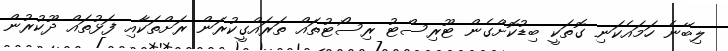
ލިބޭނެ ހަމައެކަނި ގޮތަކީ ބިޑުކޮށްގެން ޓޫރިސްޓު ރިސޯޓުތައް ތަރައްގީކުރަން ރަށްތަކާއި ފަޅުތައް ދޫކުރުން